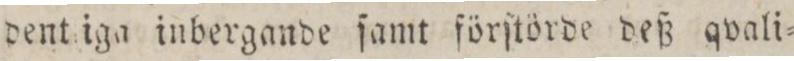
dent iga inbergande ſamt förſtörde deß qvali=